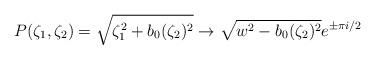
LaTeX: \begin{align*}P(\zeta_1, \zeta_2) &=\sqrt{\zeta_1^2+b_0(\zeta_2)^2} \to \sqrt{w^2-b_0(\zeta_2)^2}e^{\pm\pi{i}/2} \end{align*}